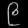
Digit: ၉